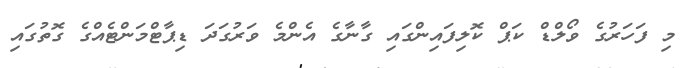
މި ފަހަރުގެ ވޯލްޑް ކަޕް ކޮލިފައިންގައި ގާނާގެ އެންމެ ވަރުގަދަ ޑިޕާޓްމަންޓެއްގެ ގޮތުގައި